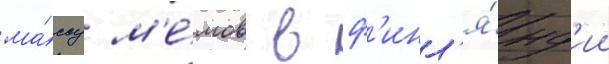
ма́ссу м'е́мов в ф'инл'я́нд'ии